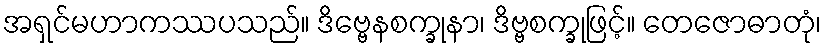
အရှင်မဟာကဿပသည်။ ဒိဗ္ဗေနစက္ခုနာ၊ ဒိဗ္ဗစက္ခုဖြင့်။ တေဇောဓာတုံ၊